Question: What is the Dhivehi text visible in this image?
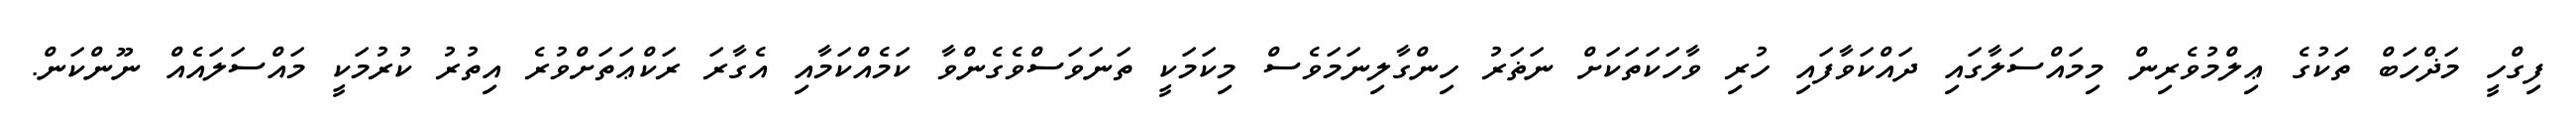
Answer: ފިގްހީ މަޛްހަބް ތަކުގެ ޢިލްމުވެރިން މިމައްސަލާގައި ދައްކަވާފައި ހުރި ވާހަކަތަކަށް ނަޡަރު ހިންގާލިނަމަވެސް މިކަމަކީ ތަނަވަސްވެގެންވާ ކަމެއްކަމާއި އެގާރަ ރަކްޢަތަށްވުރެ އިތުރު ކުރުމަކީ މައްސަލައެއް ނޫންކަން.